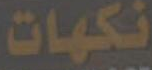
نكهات